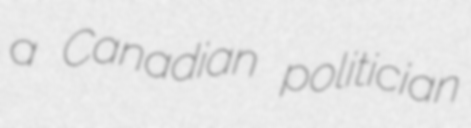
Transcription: a Canadian politician